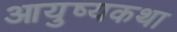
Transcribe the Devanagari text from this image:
आयुष्यकथा